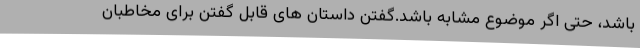
باشد، حتی اگر موضوع مشابه باشد.گفتن داستان های قابل گفتن برای مخاطبان